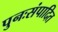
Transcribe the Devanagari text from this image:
पुनःसंपादित